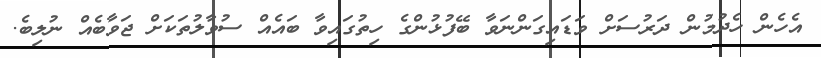
އެހެން ހެދުމުން ދަރުސަށް ވަޑައިގަންނަވާ ބޭފުޅުންގެ ހިތުގައިވާ ބައެއް ސުވާލުތަކަށް ޖަވާބެއް ނުލިބެ.